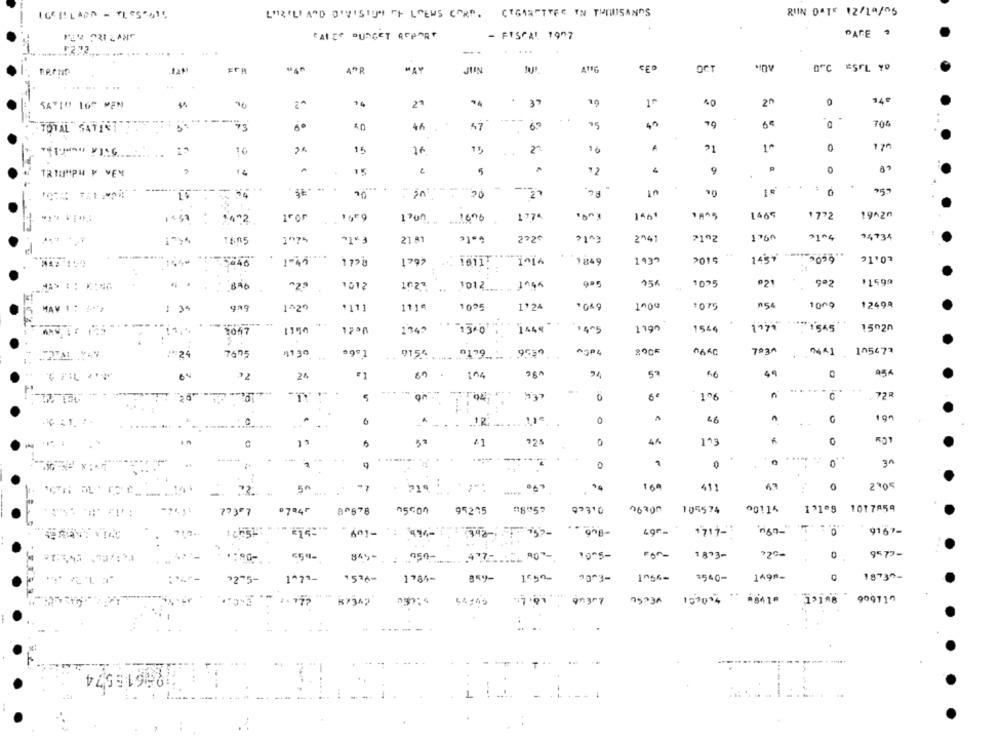
CIGARETTER YN THIWSANOS
RUIN DATE 12/19/05
CALES DURGET REPORT
- FISCAL 1907
PAGE ?
CED
OCT
14
37
40
20
73
40
46
75
70%
TOTAL" SAVENT
16
0
10
15
16
75
14
15
4
9
0
TRIUMPH V VEN
90
70
759
146
1465
1772
19420
1
+492
for
1659
1600
1774
1760
34734
18:05
1975
21 81
272ª
2741
71º2
el
1439
2015
1439
1-45
119
1799
16117
1849
. .
15%
021
*1599
1012
1012 .... .
10.75
9ª2
1000
154
12494
1 34
1^20
1111
1114
1005
1*24
1075
1009
-
1448
1047
"3+0'
1405
1544
1,71
: 1545
15020
/*24
7675
4130
9154
19
9559
105473
24
.
104
5ª
49
"
..
0
1º6
C
.72
0
.. . .. R.
.
0
G
19
41
725
4%
0
VE
--- -
..
........
0
0
71ª
16ª
411
67
0
2005
773"7
07845
8º678
95275
76700
105574
00115
19109 1017859
717.
1717-3
9167-
845-
450-
10-5-
1873-
72G-
0
9577-
4772790-
1*7 *-
1536-
1784-
1650
1056-
3540-
1499-
D
18735-
"275-
angry
75734 100002 -8410
12188
909117
87347
.
1